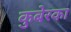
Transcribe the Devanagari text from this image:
कुबेरका